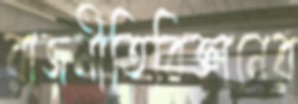
রাজনীতিবিজ্ঞানের